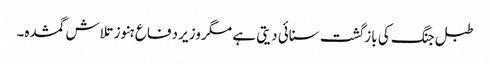
طبل جنگ کی بازگشت سنائی دیتی ہے مگر وزیر دفاع ہنوز تلاش گمشدہ۔